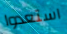
استعدوا